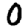
Digit: 0